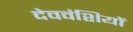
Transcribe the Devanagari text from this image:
देववंशियों